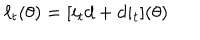
LaTeX: \ell _ { t } ( \theta ) = [ i _ { t } d + d i _ { t } ] ( \theta )